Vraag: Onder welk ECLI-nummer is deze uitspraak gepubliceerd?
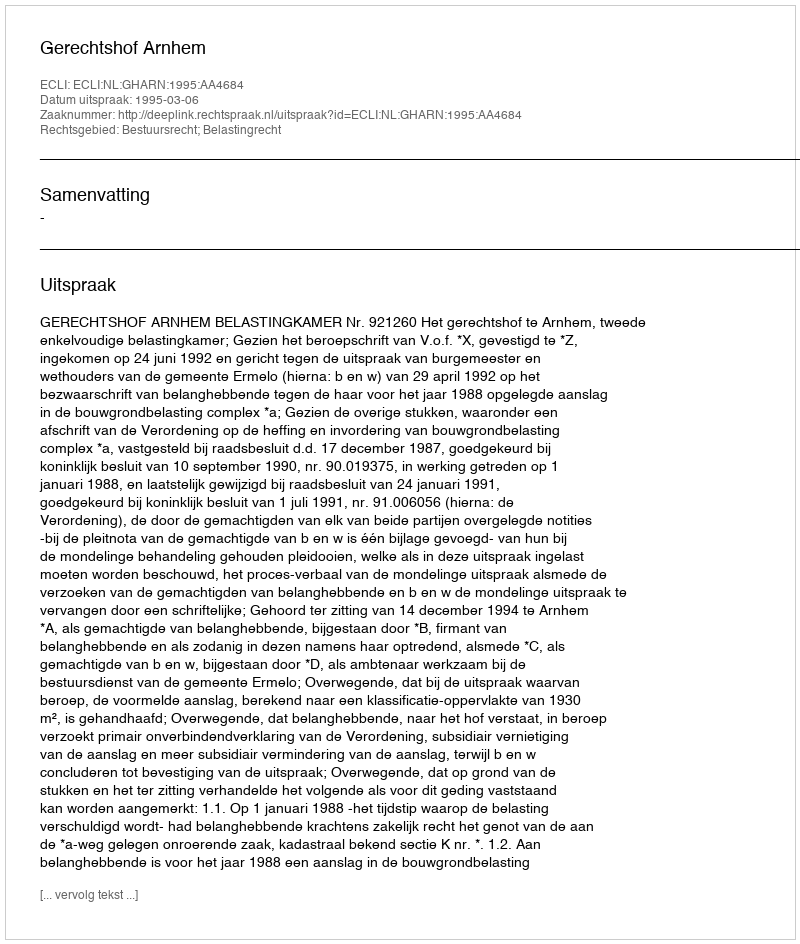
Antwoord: ECLI:NL:GHARN:1995:AA4684